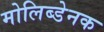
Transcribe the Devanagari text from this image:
मोलिब्डेनक